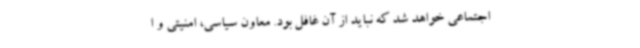
اجتماعی خواهد شد که نباید از آن غافل بود. معاون سیاسی، امنیتی و ا